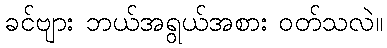
ခင်ဗျား ဘယ်အရွယ်အစား ဝတ်သလဲ။